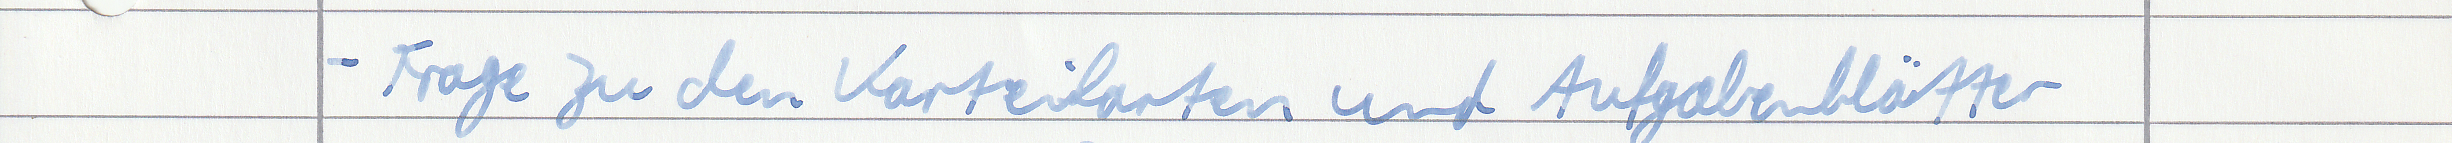
- Frage zu den Karteikarten und Aufgabenblätter